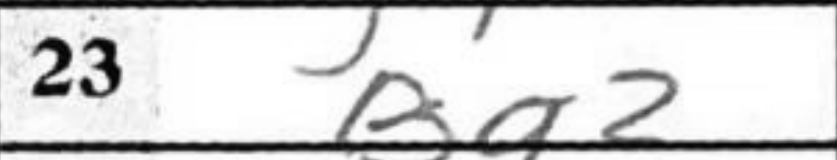
Transcription: Bg2